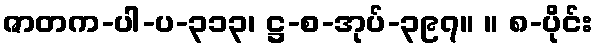
ဇာတက-ပါ-ပ-၃၁၃၊ ဋ္ဌ-စ-အုပ်-၃၉၇။ ။ ၈-ပိုင်း